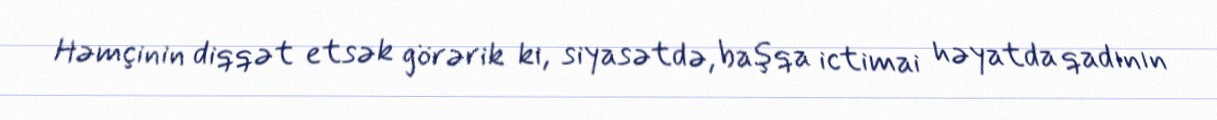
Həmçinin diqqət etsək görərik ki, siyasətdə, başqa ictimai həyatda qadının